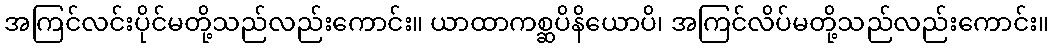
အကြင်လင်းပိုင်မတို့သည်လည်းကောင်း။ ယာထာကစ္ဆပိနိယောပိ၊ အကြင်လိပ်မတို့သည်လည်းကောင်း။